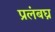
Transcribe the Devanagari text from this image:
प्रलंबघ्न